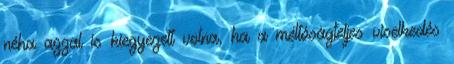
néha azzal is kiegyezett volna, ha a méltóságteljes viselkedés